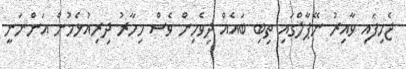
ޖެހިފައި ވާއިރު ނޭޕާލްގައި ތިބި ބައެއް ދިވެހިން ވެސް މިހާރު ދިރިއުޅެމުން އަންނަނީ